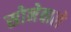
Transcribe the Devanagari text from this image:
सोनेवाले